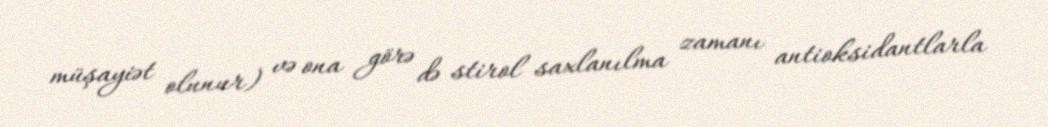
müşayiət olunur) və ona görə də stirol saxlanılma zamanı antioksidantlarla